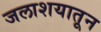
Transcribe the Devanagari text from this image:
जलाशयातून